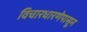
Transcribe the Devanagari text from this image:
विचारधारणेपासून